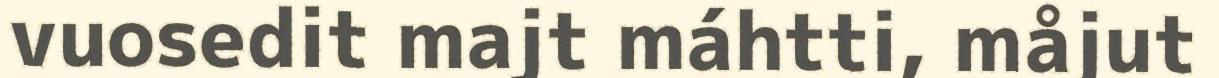
vuosedit majt máhtti, måjut